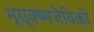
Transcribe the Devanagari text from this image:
भूसूक्ष्मजैविकी